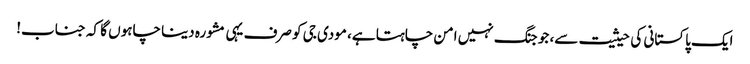
ایک پاکستانی کی حیثیت سے، جو جنگ نہیں امن چاہتا ہے، مودی جی کو صرف یہی مشورہ دینا چاہوں گا کہ جناب!